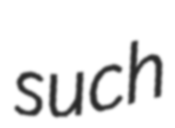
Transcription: such